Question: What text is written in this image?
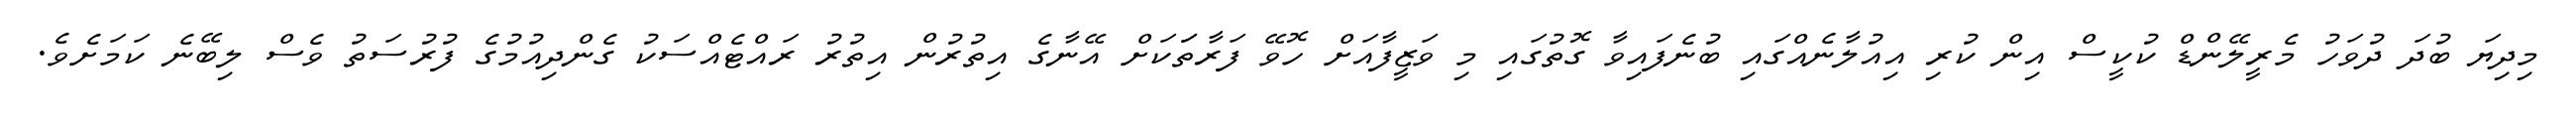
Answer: މިދިޔަ ބުދަ ދުވަހު މެރީލޭންޑް ކުކީސް އިން ކުރި އިއުލާނެއްގައި ބުނެފައިވާ ގޮތުގައި މި ވަޒީފާއަށް ހޮވޭ ފަރާތަަކަށް އޭނާގެ އިތުރުން އިތުރު ރައްޓެއްސަކު ގެންދިއުމުގެ ފުރުސަތު ވެސް ލިބޭނެ ކަމަށެވެ.